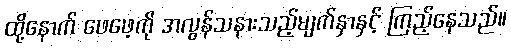
ထို့နောက် ဖေဖေ့ကို အလွန်သနားသည့်မျက်နှာနှင့် ကြည့်နေသည်။